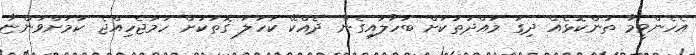
އެހެންވީމާ ތަންކޮޅެއް ދިގު މުއްދަތަކަށް ބަހާލައިގެން ދެއްކޭ ކަހަލަ ގޮތަކަށް ހަމަޖެހިއްޖެ ކަމަށްވަންޏާ